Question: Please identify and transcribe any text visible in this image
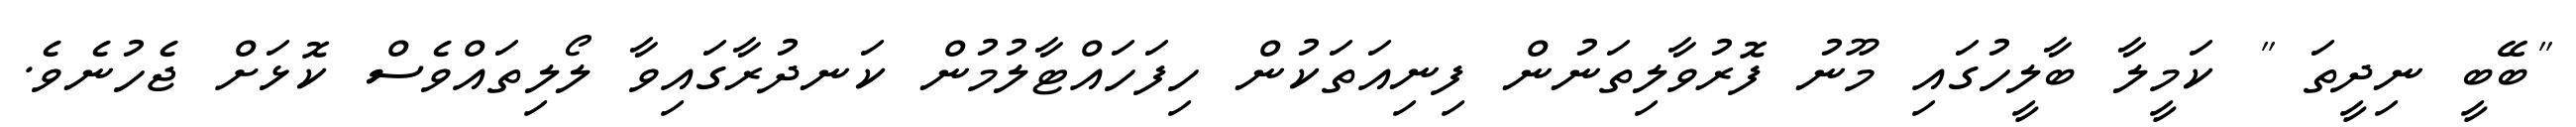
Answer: "ބޭބީ ނިދީތަ " ކަމީލާ ބާލީހުގައި މޫނު ފޮރުވާލިތަނުން ފިނިއަތަކުން ހިފަހައްޓާލުމުން ކަނދުރާގައިވާ ލޯލިތައްވެސް ކޮޅަށް ޖެހުނެވެ.